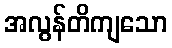
အလွန်တိကျသော